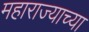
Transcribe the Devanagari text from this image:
महाराज्याच्या